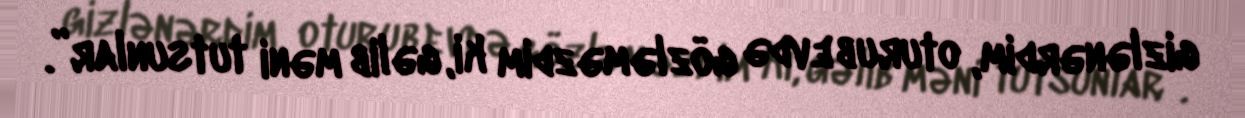
gizlənərdim, oturub evdə gözləməzdim ki, gəlib məni tutsunlar”.